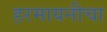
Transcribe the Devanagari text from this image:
हरमायनीचा